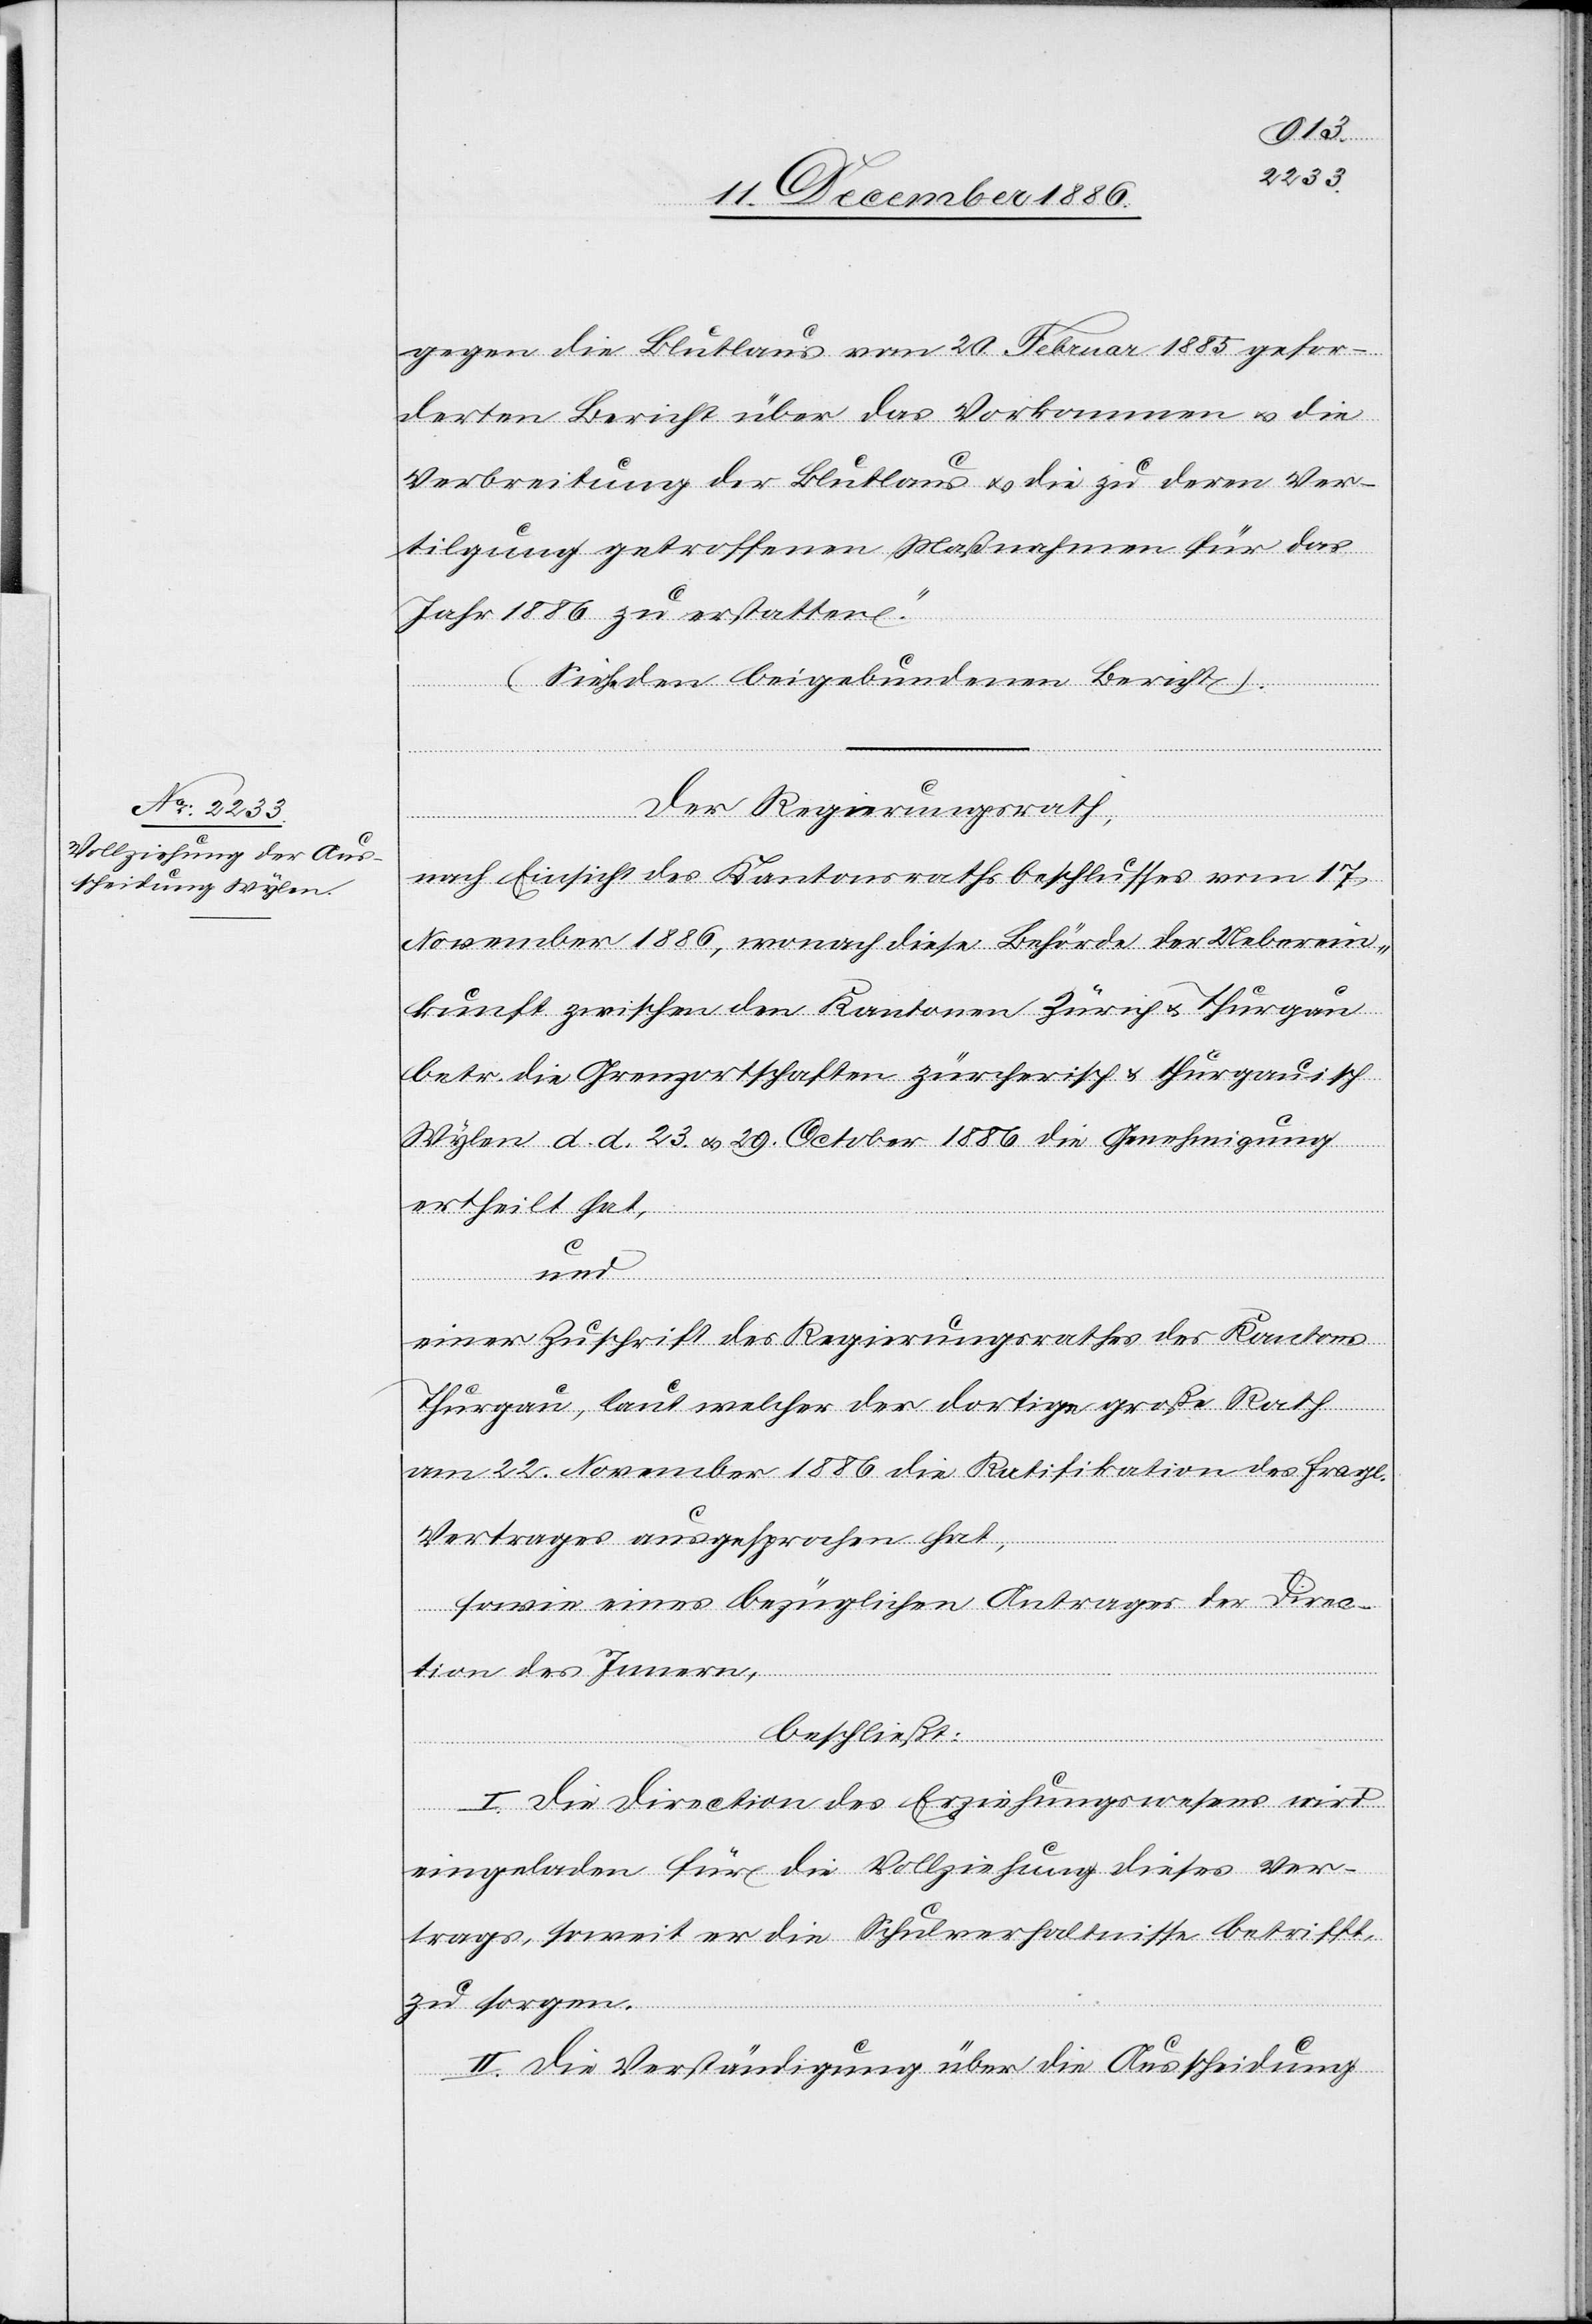
gegen die Blutlaus vom 20. Februar 1885 gefor¬
derten Bericht über das Vorkommen & die
Verbreitung der Blutlaus & die zu deren Ver¬
tilgung getroffenen Maßnahmen für das
Jahr 1886 zu erstatten.“
(Siehe den beigebundenen Bericht).
Der Regierungsrath,
nach Einsicht des Kantonsrathsbeschlusses vom 17.
November 1886, wonach diese Behörde der Ueberein¬
kunft zwischen den Kantonen Zürich & Thurgau
betr. die Grenzortschaften zürcherisch & thurgauisch
Wylen d. d. 23. & 29. October 1886 die Genehmigung
ertheilt hat,
und
einer Zuschrift des Regierungsrathes des Kantons
Thurgau, laut welcher der dortige große Rath
am 22. November 1886 die Ratifikation des fragl.
Vertrages ausgesprochen hat,
sowie eines bezüglichen Antrages der Direc¬
tion des Innern,
beschließt:
I. Die Direction des Erziehungswesens wird
eingeladen für die Vollziehung dieses Ver¬
trags, soweit er die Schulverhaltnisse [sic!] betrifft,
zu sorgen.
II. Die Verständigung über die Ausscheidung